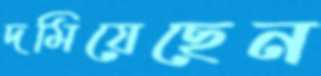
দমিয়েছেন